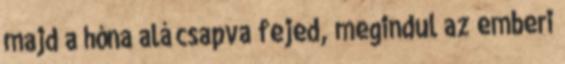
majd a hóna alá csapva fejed, megindul az emberi